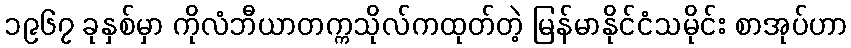
၁၉၆၇ ခုနှစ်မှာ ကိုလံဘီယာတက္ကသိုလ်ကထုတ်တဲ့ မြန်မာနိုင်ငံသမိုင်း စာအုပ်ဟာ